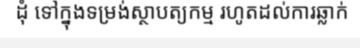
ដុំ ទៅក្នុងទម្រង់ស្ថាបត្យកម្ម រហូតដល់ការឆ្លាក់